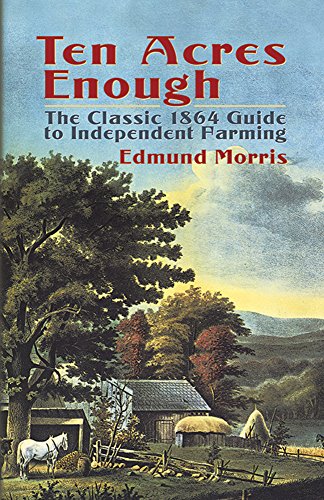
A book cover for Ten Acres Enough: The Classic 1864 Guide to Independent Farming; Edmund Morris; Crafts, Hobbies & Home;